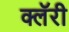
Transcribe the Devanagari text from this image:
क्लॅरी